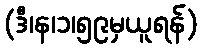
(ဒီ၊န၊၁၊၅၉မှယူရန်)